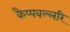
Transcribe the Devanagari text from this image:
कैप्पवल्लरि